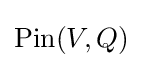
\operatorname {Pin} (V,Q)